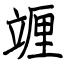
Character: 竰